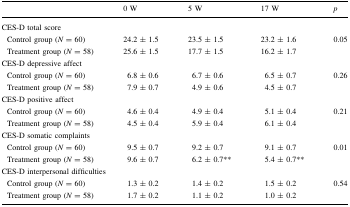
<table><thead><tr><td></td><td><b>0 W</b></td><td><b>5 W</b></td><td><b>17 W</b></td><td><b><i>p</i></b></td></tr></thead><tbody><tr><td colspan="5">CES-D total score</td></tr><tr><td> Control group (<i>N</i> = 60)</td><td>24.2 ± 1.5</td><td>23.5 ± 1.5</td><td>23.2 ± 1.6</td><td>0.05</td></tr><tr><td> Treatment group (<i>N</i> = 58)</td><td>25.6 ± 1.5</td><td>17.7 ± 1.5</td><td>16.2 ± 1.7</td><td></td></tr><tr><td colspan="5">CES-D depressive affect</td></tr><tr><td> Control group (<i>N</i> = 60)</td><td>6.8 ± 0.6</td><td>6.7 ± 0.6</td><td>6.5 ± 0.7</td><td>0.26</td></tr><tr><td> Treatment group (<i>N</i> = 58)</td><td>7.9 ± 0.7</td><td>4.9 ± 0.6</td><td>4.5 ± 0.7</td><td></td></tr><tr><td colspan="5">CES-D positive affect</td></tr><tr><td> Control group (<i>N</i> = 60)</td><td>4.6 ± 0.4</td><td>4.9 ± 0.4</td><td>5.1 ± 0.4</td><td>0.21</td></tr><tr><td> Treatment group (<i>N</i> = 58)</td><td>4.5 ± 0.4</td><td>5.9 ± 0.4</td><td>6.1 ± 0.4</td><td></td></tr><tr><td colspan="5">CES-D somatic complaints</td></tr><tr><td> Control group (<i>N</i> = 60)</td><td>9.5 ± 0.7</td><td>9.2 ± 0.7</td><td>9.1 ± 0.7</td><td>0.01</td></tr><tr><td> Treatment group (<i>N</i> = 58)</td><td>9.6 ± 0.7</td><td>6.2 ± 0.7**</td><td>5.4 ± 0.7**</td><td></td></tr><tr><td colspan="5">CES-D interpersonal difficulties</td></tr><tr><td> Control group (<i>N</i> = 60)</td><td>1.3 ± 0.2</td><td>1.4 ± 0.2</td><td>1.5 ± 0.2</td><td>0.54</td></tr><tr><td> Treatment group (<i>N</i> = 58)</td><td>1.7 ± 0.2</td><td>1.1 ± 0.2</td><td>1.0 ± 0.2</td><td></td></tr></tbody></table>